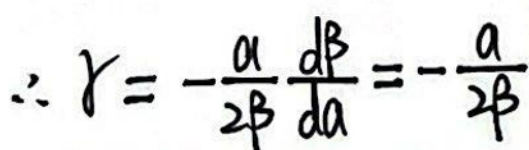
\(\therefore \gamma = - \frac{\alpha}{2 \beta} \frac{d \beta}{d \alpha} = - \frac{\alpha}{2 \beta}\)